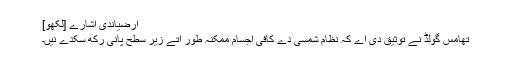
ارضیاندی اشارے [لکھو]
تھامس گولڈ نے توثیق دی اے کہ نظام شمسی دے کافی اجسام ممکنہ طور اُتے زیر سطح پانی رکھ سکدے نيں۔